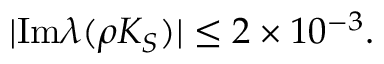
| \mathrm { I m } \lambda ( \rho K _ { S } ) | \leq 2 \times 1 0 ^ { - 3 } .